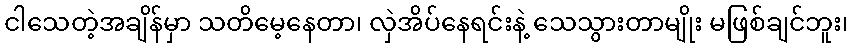
ငါသေတဲ့အချိန်မှာ သတိမေ့နေတာ၊ လှဲအိပ်နေရင်းနဲ့ သေသွားတာမျိုး မဖြစ်ချင်ဘူး၊